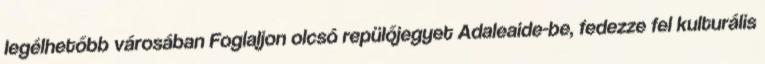
legélhetőbb városában Foglaljon olcsó repülőjegyet Adaleaide-be, fedezze fel kulturális